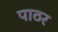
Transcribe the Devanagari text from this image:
पाठर